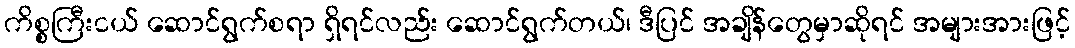
ကိစ္စကြီးငယ် ဆောင်ရွက်စရာ ရှိရင်လည်း ဆောင်ရွက်တယ်၊ ဒီပြင် အချိန်တွေမှာဆိုရင် အများအားဖြင့်